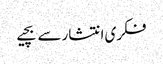
فکری انتشار سے بچیے